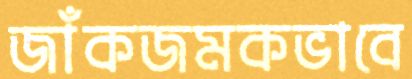
জাঁকজমকভাবে